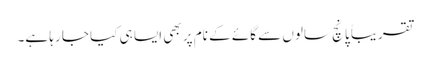
تقریباً پانچ سالوں سے گائے کے نام پر بھی ایسا ہی کیا جا رہا ہے۔